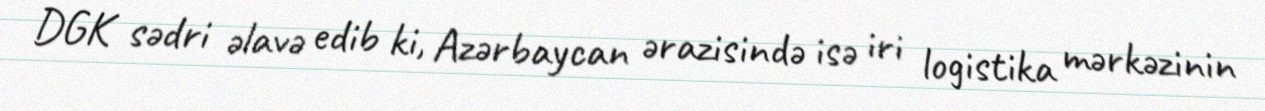
DGK sədri əlavə edib ki, Azərbaycan ərazisində isə iri logistika mərkəzinin